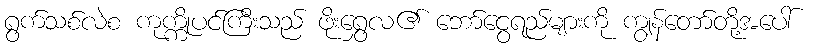
ရွက်သစ်လဲစ ကုက္ကိုပင်ကြီးသည် ဖိုးရွှေလ၏ ဘော်ငွေရည်များကို ကျွန်တော်တို့အပေါ်